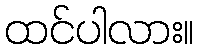
ထင်ပါလား။